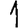
Digit: 1